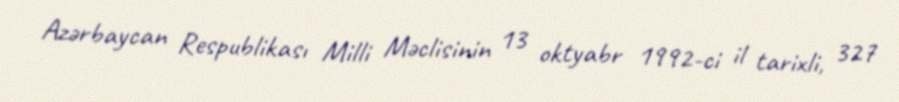
Azərbaycan Respublikası Milli Məclisinin 13 oktyabr 1992-ci il tarixli, 327